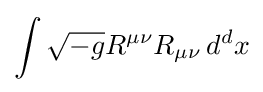
\int {\sqrt {-g}}R^{\mu \nu }R_{\mu \nu }\,d^{d}x